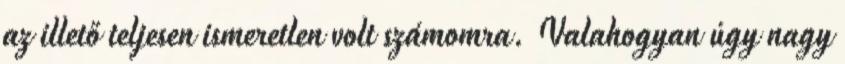
az illető teljesen ismeretlen volt számomra. Valahogyan úgy nagy